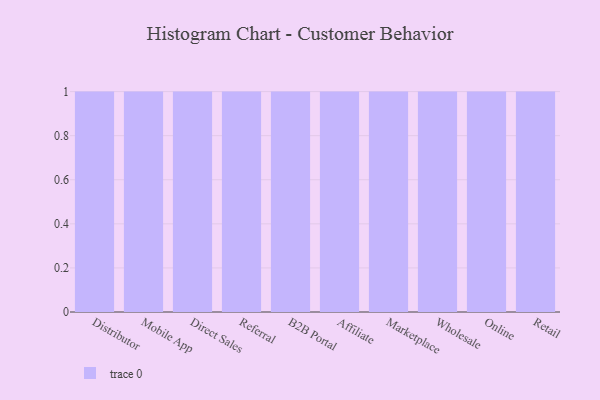
{"axis": {"x": "Channel", "y": "Revenue (USD Million)"}, "legend": [""], "data": [{"x": "Distributor", "y": 76, "type": ""}, {"x": "Mobile App", "y": 27, "type": ""}, {"x": "Direct Sales", "y": 69, "type": ""}, {"x": "Referral", "y": 79, "type": ""}, {"x": "B2B Portal", "y": 59, "type": ""}, {"x": "Affiliate", "y": 77, "type": ""}, {"x": "Marketplace", "y": 92, "type": ""}, {"x": "Wholesale", "y": 60, "type": ""}, {"x": "Online", "y": 46, "type": ""}, {"x": "Retail", "y": 73, "type": ""}]}